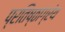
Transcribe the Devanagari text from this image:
प्रतिष्ठाग्रंथ